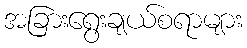
အခြားရွေးချယ်စရာများ